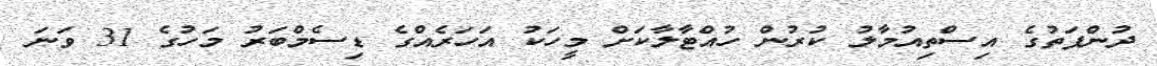
ދުންފަތުގެ އިސްތިއުމާލު ކުރުން ހުއްޓާލާކަށް މީހަކު އަހަރެއްގެ ޑިސެމްބަރު މަހުގެ 31 ވަނަ